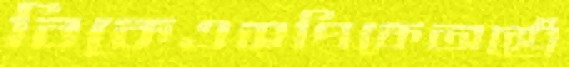
বিকেএসপিকেঅস্ট্রে